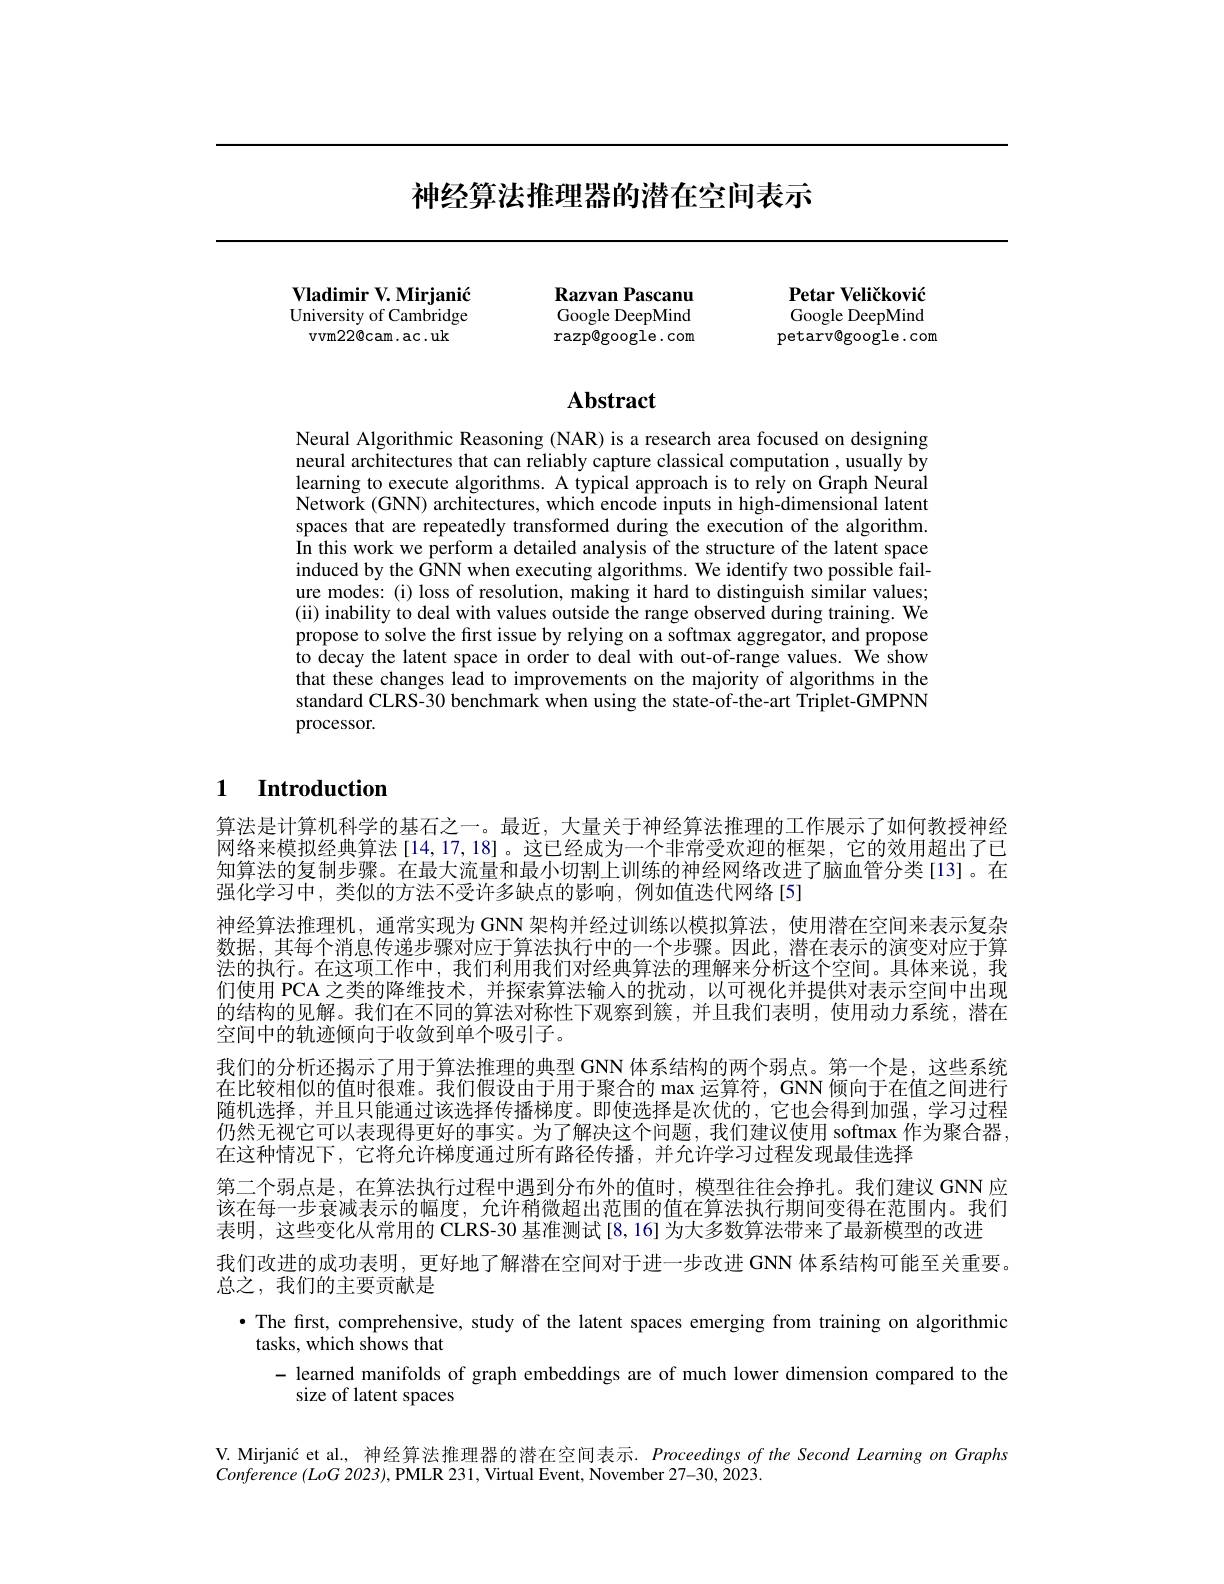
## 神经算法推理器的潜在空间表示

Razvan Pascanu

Petar Veličković

Vladimir V. Mirjanić University of Cambridge
vvm22@cam.ac.uk

Google DeepMind

Google DeepMind

razp@google.com

petarv@google.com

## $\mathbf{Abstract}$

Neural Algorithmic Reasoning (NAR) is a research area focused on designing neural architectures that can reliably capture classical computation , usually by learning to execute algorithms. A typical approach is to rely on Graph Neural Network (GNN) architectures, which encode inputs in high-dimensional latent spaces that are repeatedly transformed during the execution of the algorithm. $\hat{\text{In this work we perform a detailed analysis of the structure of the latent space}}$ induced by the GNN when executing algorithms. We identify two possible failure modes: (i) loss of resolution, making it hard to distinguish similar values; (ii) inability to deal with values outside the range observed during training. We propose to solve the first issue by relying on a softmax aggregator, and propose to decay the latent space in order to deal with out-of-range values. We show that these changes lead to improvements on the majority of algorithms in the standard CLRS-30 benchmark when using the state-of-the-art Triplet-GMPNN processor.

## 1 Introduction

算法是计算机科学的基石之一。最近，大量关于神经算法推理的工作展示了如何教授神经网络来模拟经典算法 [14, 17, 18] 。这已经成为一个非常受欢迎的框架，它的效用超出了已知算法的复制步骤。在最大流量和最小切割上训练的神经网络改进了脑血管分类[13]。在强化学习中，类似的方法不受许多缺点的影响，例如值迭代网络[5]
神经算法推理机，通常实现为 GNN 架构并经过训练以模拟算法，使用潜在空间来表示复杂数据，其每个消息传递步骤对应于算法执行中的一个步骤。因此，潜在表示的演变对应于算法的执行。在这项工作中，我们利用我们对经典算法的理解来分析这个空间。具体来说，我们使用 PCA 之类的降维技术，并探索算法输入的扰动，以可视化并提供对表示空间中出现的结构的见解。我们在不同的算法对称性下观察到簇，并且我们表明，使用动力系统，潜在空间中的轨迹倾向于收敛到单个吸引子。
我们的分析还揭示了用于算法推理的典型 GNN 体系结构的两个弱点。第一个是，这些系统在比较相似的值时很难。我们假设由于用于聚合的 max 运算符，GNN 倾向于在值之间进行随机选择，并且只能通过该选择传播梯度。即使选择是次优的，它也会得到加强，学习过程仍然无视它可以表现得更好的事实。为了解决这个问题，我们建议使用 softmax 作为聚合器， 在这种情况下，它将允许梯度通过所有路径传播，并允许学习过程发现最佳选择
第二个弱点是，在算法执行过程中遇到分布外的值时，模型往往会挣扎。我们建议 GNN 应该在每一步衰减表示的幅度，允许稍微超出范围的值在算法执行期间变得在范围内。我们表明，这些变化从常用的 CLRS-30 基准测试[8,16] 为大多数算法带来了最新模型的改进
我们改进的成功表明，更好地了解潜在空间对于进一步改进 GNN 体系结构可能至关重要。
总之，我们的主要贡献是
·The first, comprehensive, study of the latent spaces emerging from training on algorithmic
tasks, which shows that
- learned manifolds of graph embeddings are of much lower dimension compared to the
size of latent spaces
V. Mirjanić et al., 神经算法推理器的潜在空间表示. Proceedings of the Second Learning on Graphs

Conference $(LoG$ 2023), PMLR 231, Virtual Event, November 27-30, 2023.